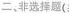
二、非选择题(：